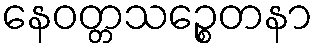
နေဝတ္တသဉ္စေတနာ